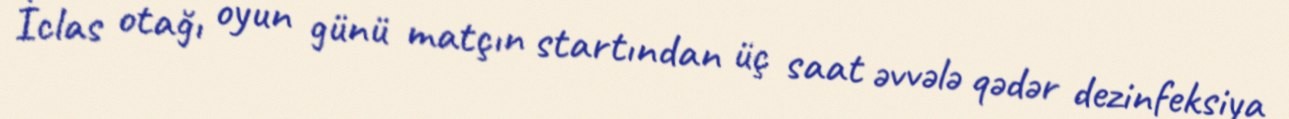
İclas otağı oyun günü matçın startından üç saat əvvələ qədər dezinfeksiya